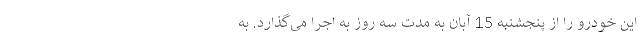
این خودرو را از پنجشنبه 15 آبان به مدت سه روز به اجرا می‌گذارد. به